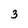
Character: 3